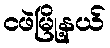
ငဖဲမြို့နယ်